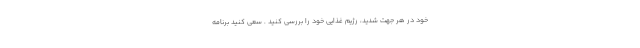
خود در هر جهت شدید، رژیم غذایی خود را بررسی کنید . سعی کنید برنامه